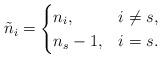
LaTeX: \begin{align*} \tilde{n}_i=\begin{cases} n_i,&i\neq s,\\ n_s-1,&i=s.\end{cases}\end{align*}